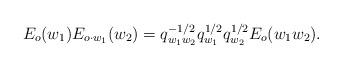
LaTeX: \begin{align*}E_o(w_1)E_{o\cdot w_1}(w_2) = q_{w_1w_2}^{-1/2}q_{w_1}^{1/2}q_{w_2}^{1/2}E_o(w_1w_2).\end{align*}